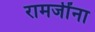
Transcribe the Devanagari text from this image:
रामजींना